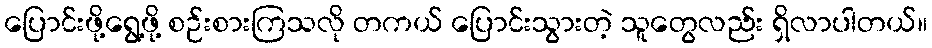
ပြောင်းဖို့ရွေ့ဖို့ စဉ်းစားကြသလို တကယ် ပြောင်းသွားတဲ့ သူတွေလည်း ရှိလာပါတယ်။